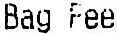
BAG FEE